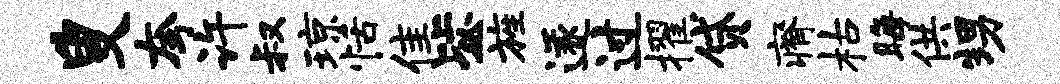
叟夸许叔琼恬隹毖旌遂过擢贷瘠枯晦供甥